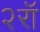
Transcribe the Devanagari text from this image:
२रॉ